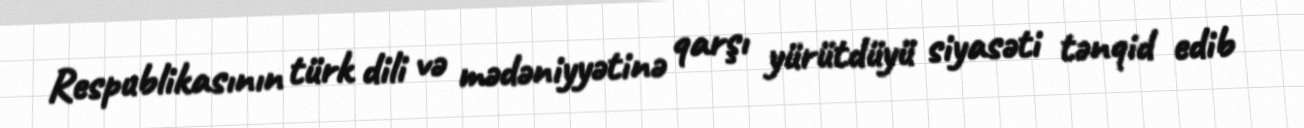
Respublikasının türk dili və mədəniyyətinə qarşı yürütdüyü siyasəti tənqid edib